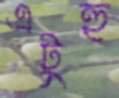
এটুহু